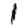
Digit: 1